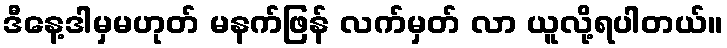
ဒီနေ့ဒါမှမဟုတ် မနက်ဖြန် လက်မှတ် လာ ယူလို့ရပါတယ်။